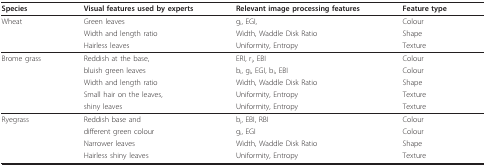
<table><thead><tr><td><b>Species</b></td><td><b>Visual features used by experts</b></td><td><b>Relevant image processing features</b></td><td><b>Feature type</b></td></tr></thead><tbody><tr><td>Wheat</td><td>Green leaves</td><td>g<sub>i</sub>, EGI,</td><td>Colour</td></tr><tr><td></td><td>Width and length ratio</td><td>Width, Waddle Disk Ratio</td><td>Shape</td></tr><tr><td></td><td>Hairless leaves</td><td>Uniformity, Entropy</td><td>Texture</td></tr><tr><td>Brome grass</td><td>Reddish at the base,</td><td>ERI, r<sub>i</sub>, EBI</td><td>Colour</td></tr><tr><td></td><td>bluish green leaves</td><td>b<sub>i</sub>, g<sub>i</sub>, EGI, b<sub>i</sub>, EBI</td><td>Colour</td></tr><tr><td></td><td>Width and length ratio</td><td>Width, Waddle Disk Ratio</td><td>Shape</td></tr><tr><td></td><td>Small hair on the leaves,</td><td>Uniformity, Entropy</td><td>Texture</td></tr><tr><td></td><td>shiny leaves</td><td>Uniformity, Entropy</td><td>Texture</td></tr><tr><td>Ryegrass</td><td>Reddish base and</td><td>b<sub>i</sub>, EBI, RBI</td><td>Colour</td></tr><tr><td></td><td>different green colour</td><td>g<sub>i</sub>, EGI</td><td>Colour</td></tr><tr><td></td><td>Narrower leaves</td><td>Width, Waddle Disk Ratio</td><td>Shape</td></tr><tr><td></td><td>Hairless shiny leaves</td><td>Uniformity, Entropy</td><td>Texture</td></tr></tbody></table>